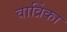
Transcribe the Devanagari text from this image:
वाव्रिंका